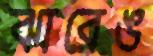
ঝারেঙ